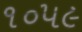
૧૦૫૯